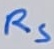
Text: RS